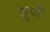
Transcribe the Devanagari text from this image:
तूर्यों